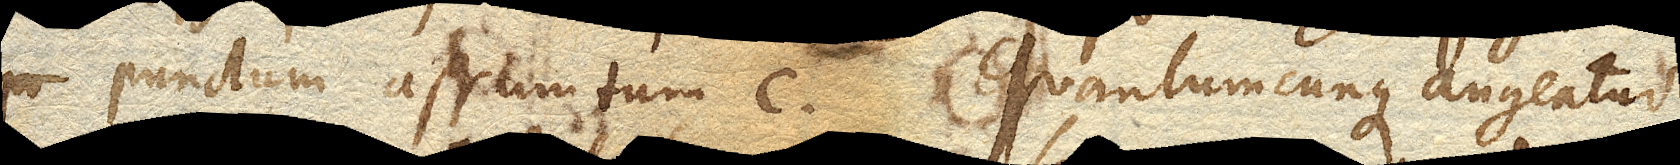
punctum assumtum c. Quantumcunque augeatur